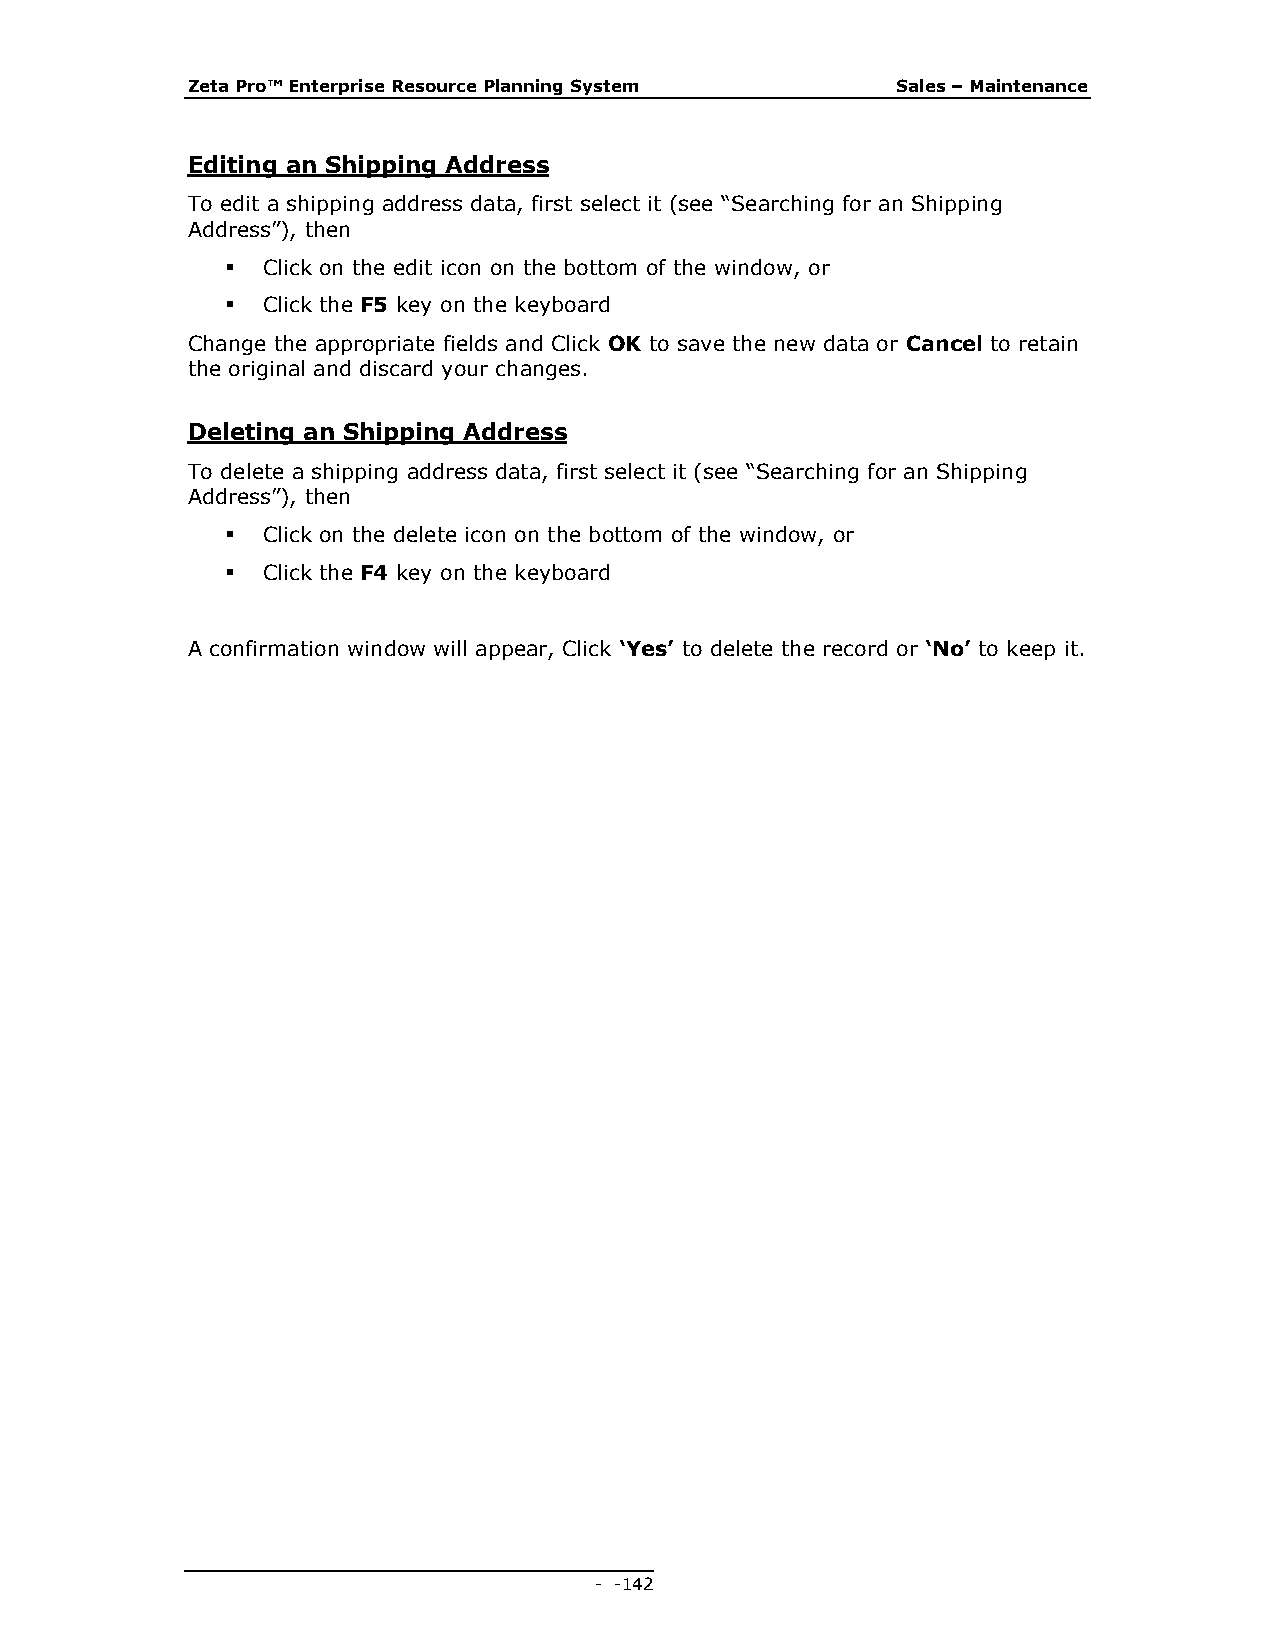
Zeta Pro™ Enterprise Resource Planning System  Sales – Maintenance
 Editing an Shipping Address
 To edit a shipping address data, first select it (see “Searching for an Shipping
 Address”), then
  Click on the edit icon on the bottom of the window, or
  Click the F5 key on the keyboard
 Change the appropriate fields and Click OK to save the new data or Cancel to retain
 the original and discard your changes.
 Deleting an Shipping Address
 To delete a shipping address data, first select it (see “Searching for an Shipping
 Address”), then
  Click on the delete icon on the bottom of the window, or
  Click the F4 key on the keyboard
 A confirmation window will appear, Click ‘Yes’ to delete the record or ‘No’ to keep it.
 - - 142